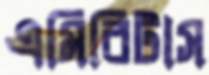
এমিরিটাস